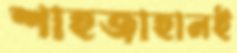
শাহজাহানই